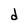
Character: d